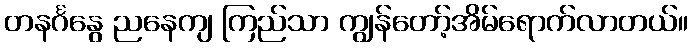
တနင်္ဂနွေ ညနေကျ ကြည်သာ ကျွန်တော့်အိမ်ရောက်လာတယ်။